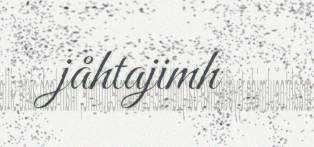
jåhtajimh